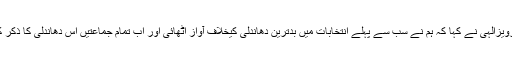
چودھری پرویزالٰہی نے کہا کہ ہم نے سب سے پہلے انتخابات میں بدترین دھاندلی کیخلاف آواز اٹھائی اور اب تمام جماعتیں اس دھاندلی کا ذکر کر رہی ہیں۔